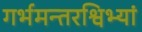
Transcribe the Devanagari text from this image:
गर्भमन्तरश्विभ्यां